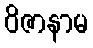
ဝိဇာနာမ